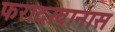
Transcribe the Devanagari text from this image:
फरादखानास